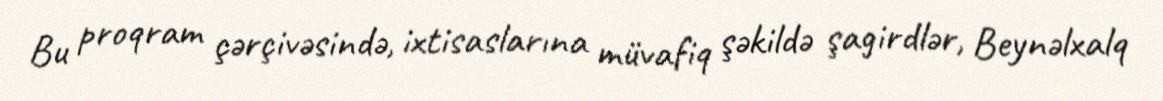
Bu proqram çərçivəsində, ixtisaslarına müvafiq şəkildə şagirdlər, Beynəlxalq